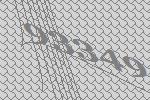
93349